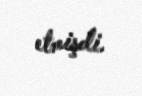
etmişdi.